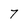
Character: 7